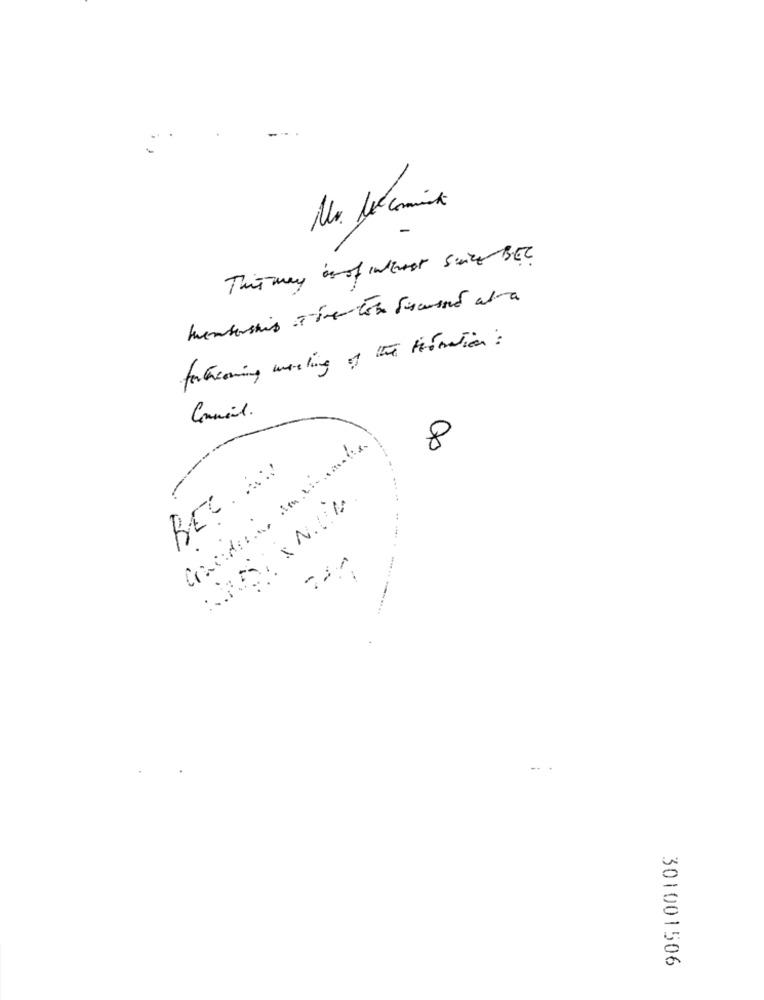
This way in of IntrAst since BE?
membership Time tobe discussed alma
forthcoming working of the Formation :
Camil.
8
REC ..:
301001506